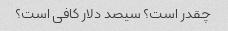
چقدر است؟ سیصد دلار کافی است؟